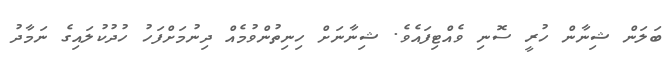
ބަލަން ޝިނާން ހުރީ ސޮނި ވެއްޓިފައެވެ. ޝިނާނަށް ހިނިތުންވުމެއް ދިނުމަށްފަހު ހުދުކުލައިގެ ނަމާދު